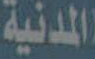
المدنية